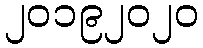
၂၀၁၉၂၀၂၀